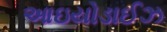
આઇયોડાઈઝ